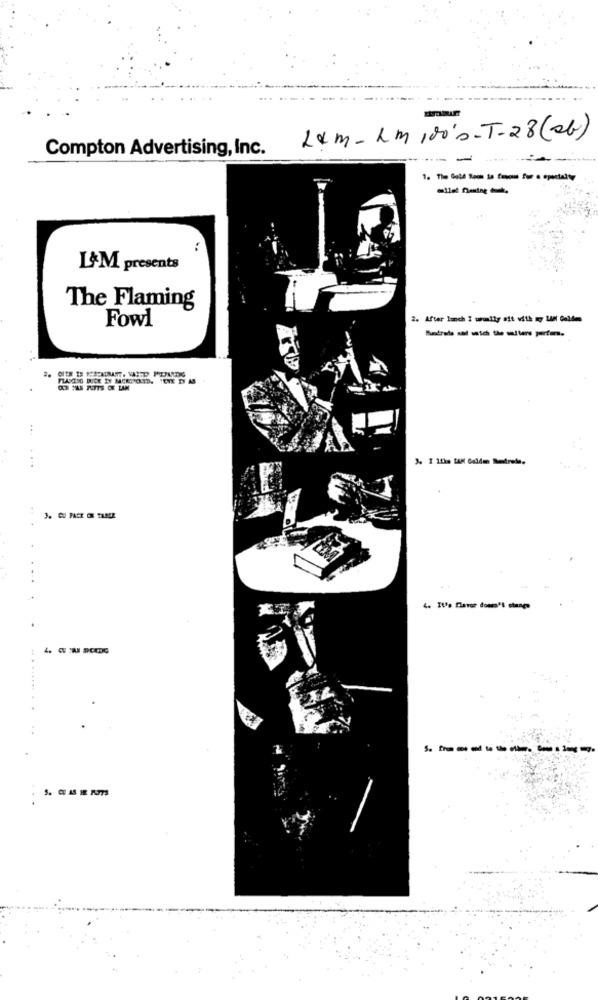
Lem - Lm 100's - T-28 (sb)
Compton Advertising, Inc.
-
L&M presents
The Flaming
Fowl
2. After lunch I urally oft with my LAM Golden
OK MAS PUITS CE LAN
. ...
4. Itfa flavor doesn't change